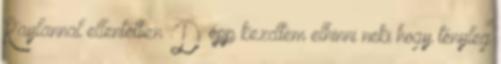
Raylannal ellentétben :D épp kezdtem elhinni neki hogy tényleg